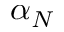
\alpha _ { N }